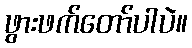
ဖွားဖက်တော်ပါပဲ။